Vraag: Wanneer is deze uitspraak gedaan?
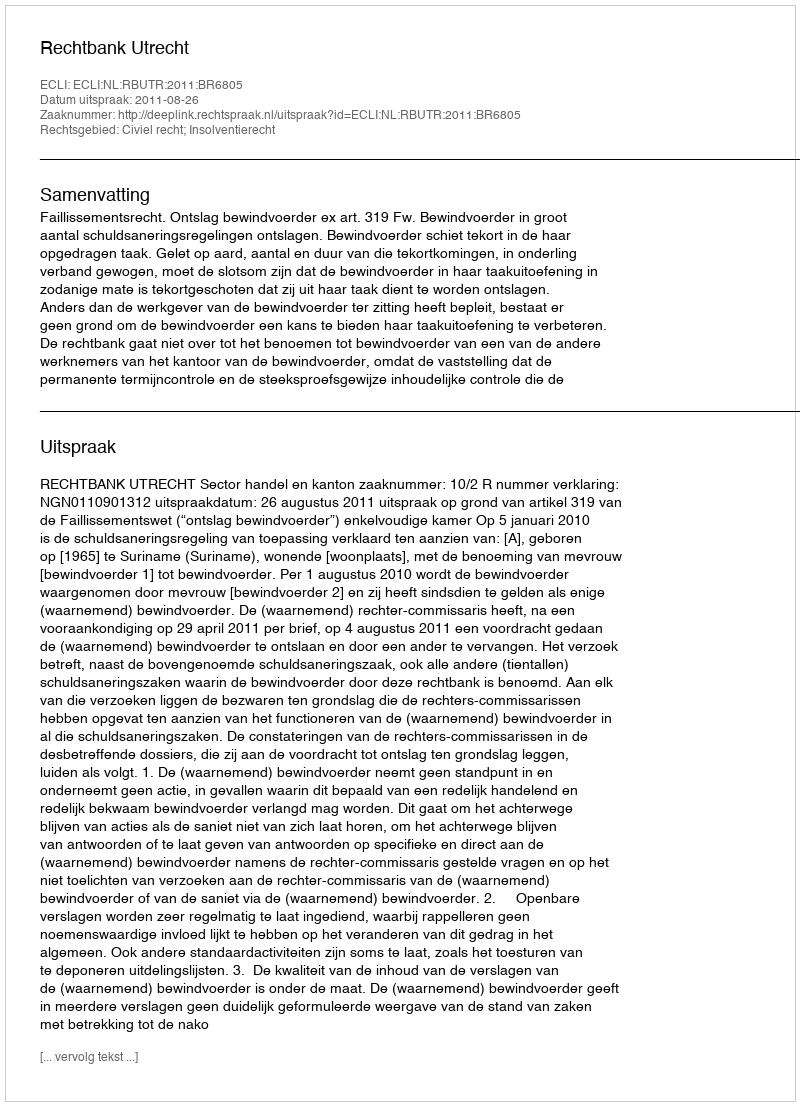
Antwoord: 2011-08-26